Vaccination in the Punjab 1905-1918 - 1905-1918
Year: 1905
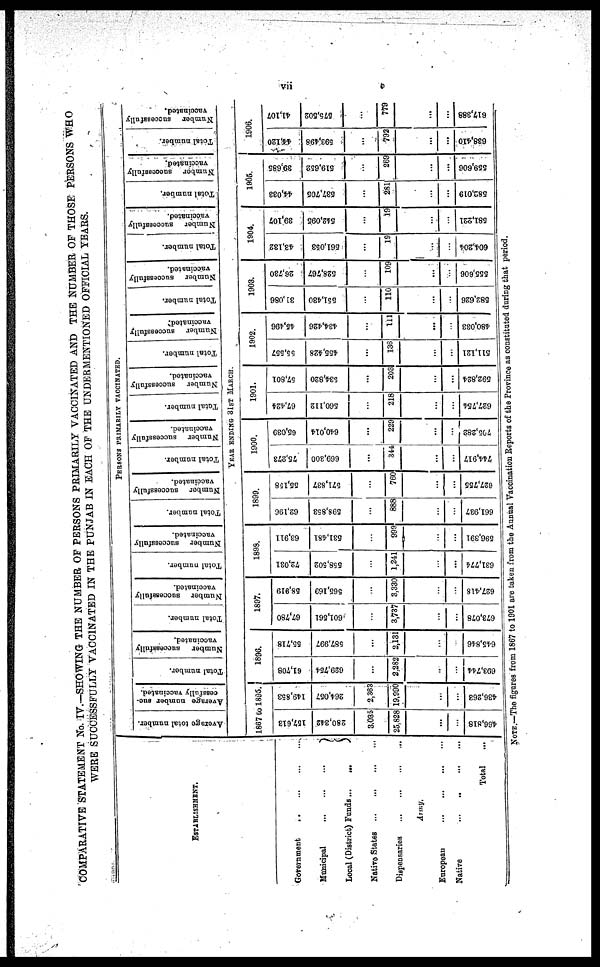
vii
COMPARATIVE STATEMENT No. IV.—SHOWING THE NUMBER OF PERSONS PRIMARILY VACCINATED AND THE NUMBER OF THOSE PERSONS WHO
WERE SUCCESSFULLY VACCINATED IN THE PUNJAB IN EACH OF THE UNDERMENTIONED OFFICIAL YEARS.
ESTABLISHMENT.
Government ... ... ... ...
Municipal ... ... ...
Local (District) Funds
...
...
Native States
...
...
...
...
Dispensaries ... ... ... ...
Army.
European
...
...
...
...
Native
...
...
...
...
Total ...
PERSONS PRIMARILY VACCINATED.
Average total number.
Average number suc-
cessfully vaccinated.
Total number.
Number
successfully
vaccinated.
Total number.
Number
successfully
vaccinated.
Total number.
Number
successfully
vaccinated.
Total number.
Number
successfully
vaccinated.
Total number.
Number successfully
vaccinated.
Total number.
Number successfully
vaccinated.
Total number.
Number
successfully
vaccinated.
Total number.
Number successfully
vaccinated.
Total number.
Number
successfully
vaccinated.
Total number.
Number
successfully
vaccinated
Total number.
Number
successfully
vaccinated.
YEAR ENDING 31ST MARCH.
1867 to 1895.
157,613
280,342
3,035
25,828
...
...
466,818
149,853
264,057
2,363
19,990
...
...
436,263
1896.
61,708
629,754
...
2,282
...
...
693,744
55,718
587,997
...
2,131
...
...
645,846
1897.
67,780
601,561
...
3,737
...
...
673,078
58,919
565,169
...
3,330
...
...
627,418
1893.
72,031
558,502
...
1,241
...
...
631,774
63,911
531,481
...
999
...
...
596,391
1899.
62,196
598,853
...
888
...
...
661,937
55,158
571,837
...
760
...
...
627,755
1900.
75,273
669,300
...
344
...
...
744,917
65,039
640,014
...
229
...
...
705,282
1901.
67,424
560,112
...
218
...
...
627,754
57,801
534,820
...
203
...
...
592,824
1902.
55,557
455,428
...
136
...
...
511,121
45,496
434,426
...
111
...
...
480,033
1903.
31,086
551,430
...
110
...
...
582,626
26,730
528,767
...
109
...
...
555,606
1904.
43,132
561,053
...
19
...
...
604,204
39,107
542,095
...
19
...
...
581,221
1905.
44,033
537,705
...
281
...
...
582,019
39,685
519,652
...
269
...
...
559,606
1906.
44,120
593,498
...
792
...
...
638,410
41,107
575,502
...
779
...
...
617,388
NOTE.—The figures from 1867 to 1901 are taken from the Annual Vaccination Reports of the Province as constituted during that period.